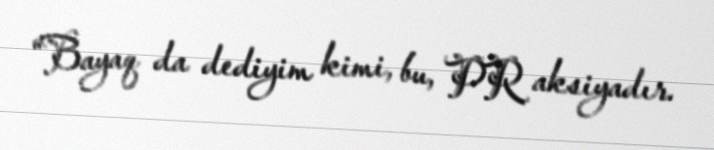
“Bayaq da dediyim kimi, bu, PR aksiyadır.